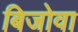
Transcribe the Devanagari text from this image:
बिजोवा